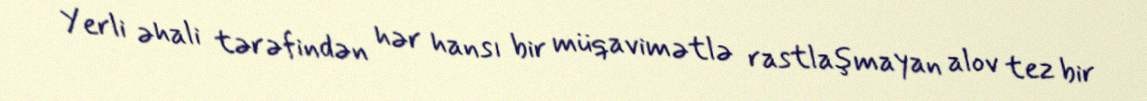
Yerli əhali tərəfindən hər hansı bir müqavimətlə rastlaşmayan alov tez bir